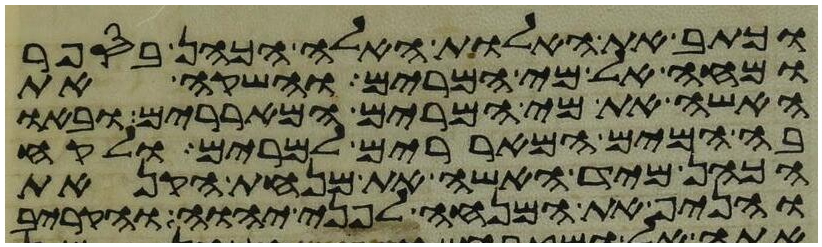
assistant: וכתב את האלות האלה הכהן בספר
ומחה אל מי המרים והשקה את
האשה את מי המרים המאררים ובאו
בה המים המאררים למרים ולקח
הכהן מיד האשה את מנחת הקנאת
והניף את המנחה לפני יהוה והקריב